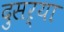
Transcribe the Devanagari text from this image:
दुसऱ्या